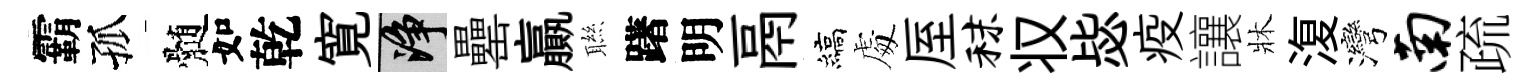
霸孤髄如乾寛净罍贏聮躇明鬲縞䖏厔秣𠬧毖疫讓牀𣸪灣南疏